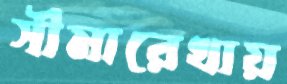
সীমারেখায়